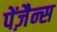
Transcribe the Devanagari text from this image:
पेंज़ैन्स